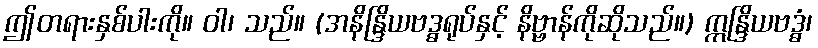
ဤတရားနှစ်ပါးကို။ ဝါ၊ သည်။ (အနိန္ဒြိယဗဒ္ဓရုပ်နှင့် နိဗ္ဗာန်ကိုဆိုသည်။) ဣန္ဒြိယဗဒ္ဓံ၊